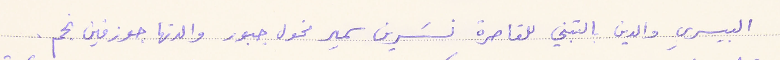
البيسري والدين بالتبني للقاصرة نسَرين سمير مخول جبور والدتها جوزفين نحم .